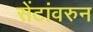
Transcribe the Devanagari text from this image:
सेंटांवरुन